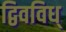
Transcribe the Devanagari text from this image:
द्विवविध्